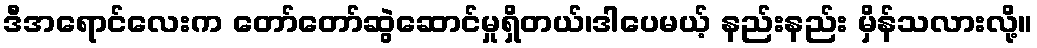
ဒီအရောင်လေးက တော်တော်ဆွဲဆောင်မှုရှိတယ်၊ဒါပေမယ့် နည်းနည်း မှိန်သလားလို့။